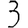
Digit: 3